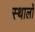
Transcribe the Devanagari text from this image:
स्थालों